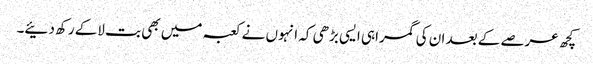
کچھ عرصے کے بعد ان کی گمراہی ایسی بڑھی کہ انہوں نے کعبہ میں بھی بت لاکے رکھ دئیے۔